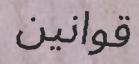
قوانين